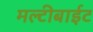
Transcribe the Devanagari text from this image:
मल्टीबाईट